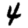
Digit: 4